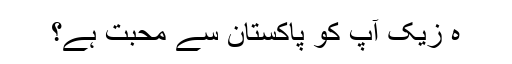
ہ زیک آپ کو پاکستان سے محبت ہے؟